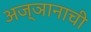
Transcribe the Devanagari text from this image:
अज्ञानाची